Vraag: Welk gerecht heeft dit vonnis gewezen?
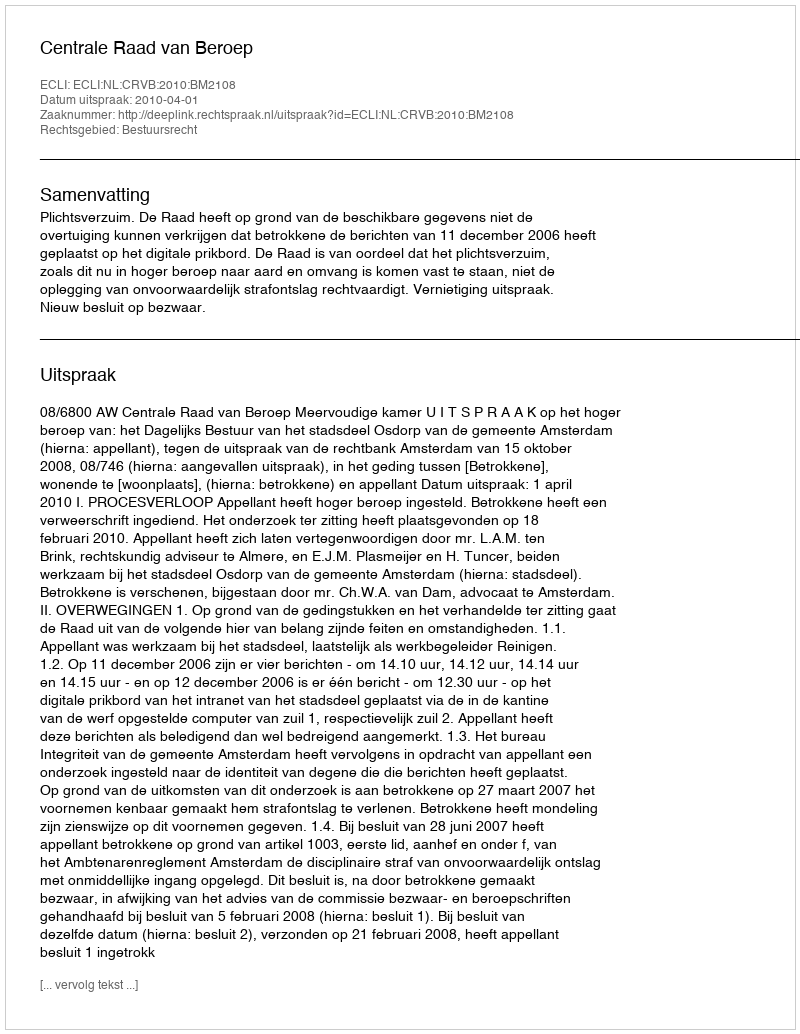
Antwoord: Centrale Raad van Beroep